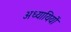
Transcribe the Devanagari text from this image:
अध्यायियों